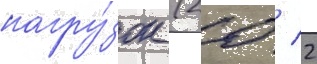
нагру́зок (20 / 2